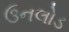
ઉનલોડ